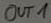
Text: OUT1